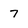
Character: 7